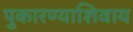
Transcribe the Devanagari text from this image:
पुकारण्याशिवाय